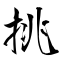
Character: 挑